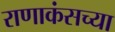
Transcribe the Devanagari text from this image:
राणाकंसच्या